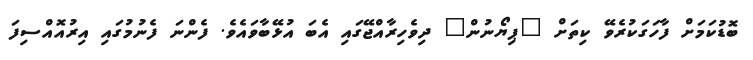
ބޮޑުކަމަށް ފާހަގަކުރެވޭ ކިތަށް "ޕިޔޯނުން" ދިވެހިރާއްޖޭގައި އެބަ އުޅޭބާވައެވެ. ފެންނަ ފެނުމުގައި އިރުއޮއްސިފަ